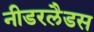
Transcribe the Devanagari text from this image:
नीडरलैडस